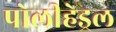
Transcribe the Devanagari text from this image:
पोलीहेड्रल